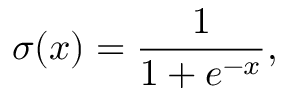
\sigma ( x ) = \frac { 1 } { 1 + e ^ { - x } } ,